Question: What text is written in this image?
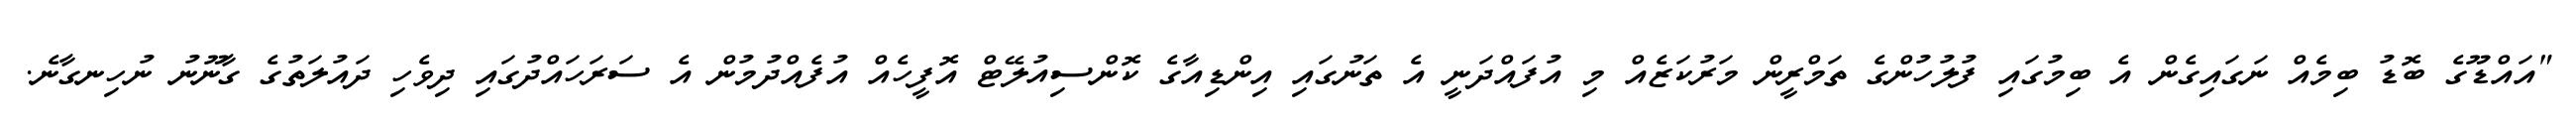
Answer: "އައްޑޫގެ ބޮޑު ބިމެއް ނަގައިގެން އެ ބިމުގައި ފުލުހުންގެ ތަމްރީން މަރުކަޒެއް މި އުފައްދަނީ އެ ތަނުގައި އިންޑިއާގެ ކޮންސިއުލޭޓް އޮފީހެއް އުފެއްދުމުން އެ ސަރަހައްދުގައި ދިވެހި ދައުލަތުގެ ގާނޫނު ނުހިނގާނެ.